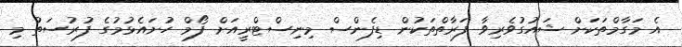
އެ މަގާމްތަކަށް ޝައުގުވެރިވާ ފަރާތްތަކުން ޑިފެންސް މިނިސްޓްރީއަށް ފޯމް ހުށައެޅުމުގެ ފުރުސަތު މި